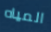
المياه